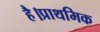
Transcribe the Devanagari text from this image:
है।प्राथमिक